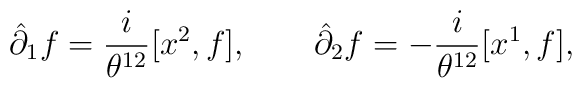
\hat\partial_1 f = {\frac{i }{\theta^{12}}} [x^2,f], \qquad \hat\partial_2 f= - {\frac{i }{\theta^{12}}} [x^1,f],